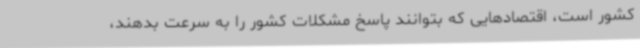
کشور است، اقتصادهایی که بتوانند پاسخ مشکلات کشور را به سرعت بدهند،